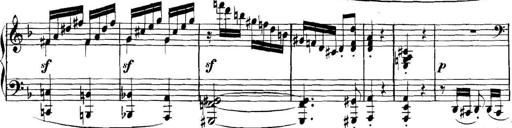
Title: Collected Piano Sonatas
Composer: Muzio Clementi